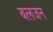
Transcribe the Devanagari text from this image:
बलजन